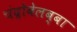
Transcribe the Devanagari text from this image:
चंद्रोबेलब्बा